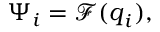
\begin{array} { r } { \Psi _ { i } = \mathcal { F } ( \boldsymbol { q } _ { i } ) , } \end{array}